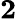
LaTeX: \mathbf{2}